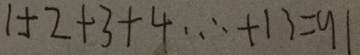
1 + 2 + 3 + 4 \cdots + 1 3 = 9 1